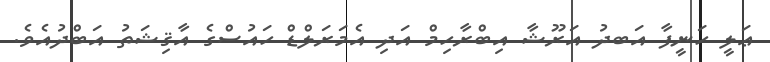
ޢަލީ ހަނީފާ އަބދު އަރޫޝާ އިބްރާހިމް އަދި އެމަރަލްޑް ހައުސްގެ އާޤިޝަތު އަބްދުއެވެ.